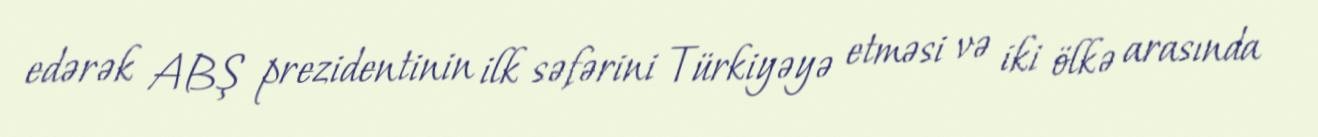
edərək ABŞ prezidentinin ilk səfərini Türkiyəyə etməsi və iki ölkə arasında